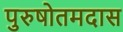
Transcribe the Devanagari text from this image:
पुरुषोतमदास